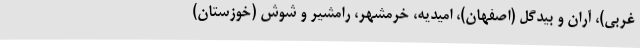
غربی)، آران و بیدگل (اصفهان)، امیدیه، خرمشهر، رامشیر و شوش (خوزستان)